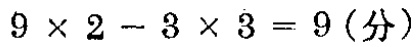
$9\times 2 - 3\times 3 = 9(分)$